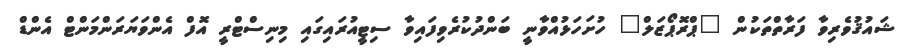
ޝައުޤުވެރިވާ ފަރާތްތަކުން "ޕްރޮޕޯޒަލް" ހުށަހަޅުއްވާނީ ބަންދުކުރެވިފައިވާ ސިޓީއުރައިގައި މިނިސްޓްރީ އޮފް އެންވަޔަރަންމަންޓް އެންޑް